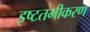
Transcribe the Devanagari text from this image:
इष्‍टतमीकरण